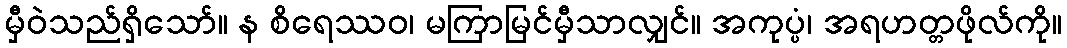
မှီဝဲသည်ရှိသော်။ န စိရေဿဝ၊ မကြာမြင်မှီသာလျှင်။ အကုပ္ပံ၊ အရဟတ္တဖိုလ်ကို။